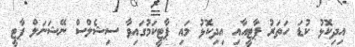
އިދިކޮޅު ކުޑަ ހަތަރު ޕާޓީއާއި އިދިކޮޅު މައި ޕާޓީކަމުގައިވާ ސިޝެލްސް ނޭޝަނަލް ޕާޓީ